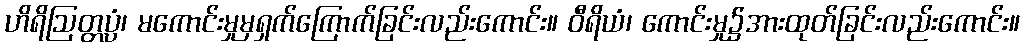
ဟိရိဩတ္တပ္ပံ၊ မကောင်းမှုမှရှက်ကြောက်ခြင်းလည်းကောင်း။ ဝီရိယံ၊ ကောင်းမှု၌အားထုတ်ခြင်းလည်းကောင်း။